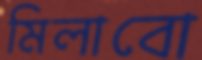
মিলাবো